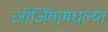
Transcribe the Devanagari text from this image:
जॉर्जियामधल्या